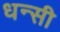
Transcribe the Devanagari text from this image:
धन्सी